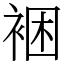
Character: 裍